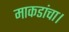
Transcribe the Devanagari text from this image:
माकडांचा।